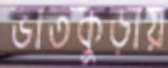
ভাতকুড়ায়